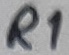
Text: R1